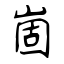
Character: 崮